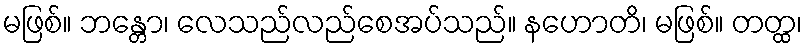
မဖြစ်။ ဘန္တော၊ လေသည်လည်စေအပ်သည်။ နဟောတိ၊ မဖြစ်။ တတ္ထ၊